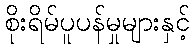
စိုးရိမ်ပူပန်မှုများနှင့်